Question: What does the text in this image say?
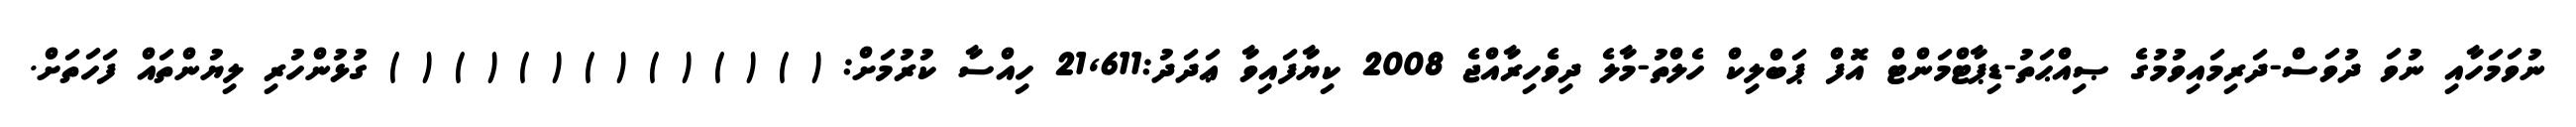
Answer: ނުވަމަހާއި ނުވަ ދުވަސް-ދަރިމައިވުމުގެ ޞިއްޙަތު-ޑިޕާޓްމަންޓް އޮފް ޕަބްލިކް ހެލްތު-މާލެ ދިވެހިރާއްޖެ 2008 ކިޔާފައިވާ ޢަދަދު:21,611 ހިއްސާ ކުރުމަށް: ( ) ( ) ( ) ( ) ( ) ( ) ( ) ގުޅުންހުރި ލިޔުންތައް ފަހަތަށް.